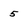
Character: 5